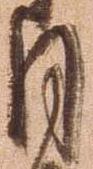
月